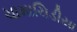
ચામાચિડીયા